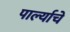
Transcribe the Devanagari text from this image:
पार्ल्याचे